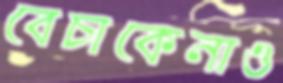
বেচাকেনাও